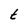
Character: t